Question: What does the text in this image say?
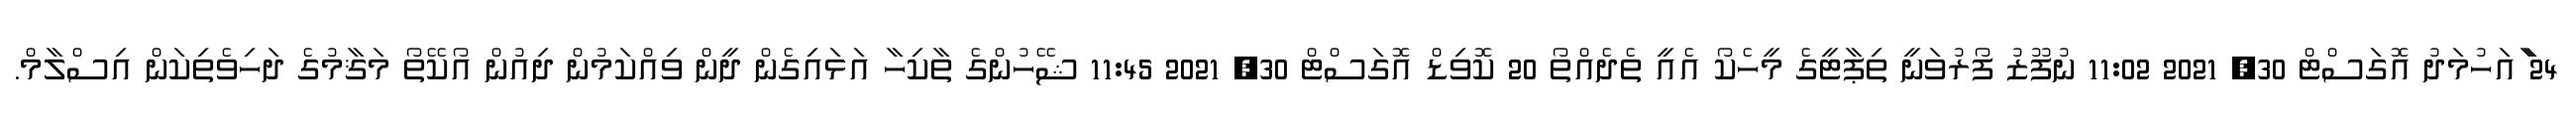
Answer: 24 ާައަހުމަދު އޮގަސްޓް 30, 2021 11:02 ނުފޫޒު ފޯރުވަނީ ތިޕާޓީގެ މީހެކޯ އެއީ ތެދެއްތޯ 20 ކޮވިޑް އޮގަސްޓް 30, 2021 11:45 ޝޭހުންގެ ތާކިހާ އަޅައިގެން ދީން ވިއްކަމުން ދިއުން އޯކޭތޯ މަޤާމުގެ ދަހިވެތިކަން އިސްލާމް.